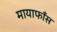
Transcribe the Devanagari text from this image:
मायाफाँस